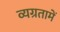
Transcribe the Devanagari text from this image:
व्यग्रतामें